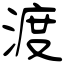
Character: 渡